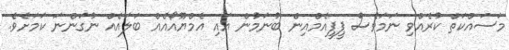
މަސައްކަތް ކުރެއްވި ނަމަވެސް ޕީޕީއެމްއިން ބުނަމުން އައި އެމްޔޫއޯއެއް ބަލައެއް ނުގަންނަ ކަމަށެވެ.